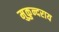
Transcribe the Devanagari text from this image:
मुकुन्दराय